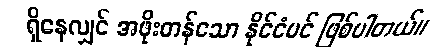
ရှိနေလျှင် အဖိုးတန်သော နိုင်ငံပင် ဖြစ်ပါတယ်။